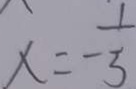
x = - \frac { 1 } { 3 }